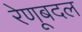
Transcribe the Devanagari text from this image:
रेणूबदल